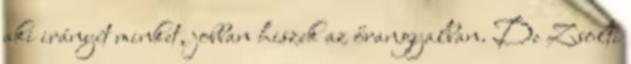
aki irányít minket, jobban hiszek az őrangyalban. De Zsolti